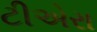
ટીએરા